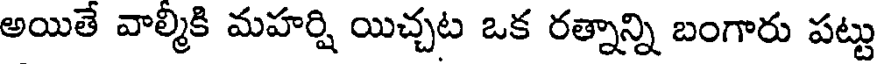
అయితే వాల్మికి మహర్షి యిచ్చట ఒక రత్నాన్ని బంగారు పట్టు